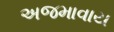
અજમાવાય